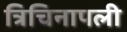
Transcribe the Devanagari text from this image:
त्रिचिनापली